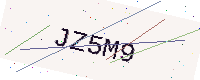
Text: JZ5M9